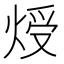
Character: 𤊐